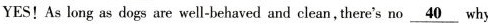
YES!As long as dogs are well-behaved and clean,there's no\underline{40}why